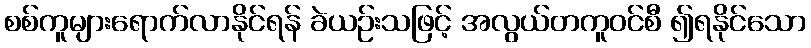
စစ်ကူများရောက်လာနိုင်ရန် ခဲယဉ်းသဖြင့် အလွယ်တကူဝင်စီ ၍ရနိုင်သော